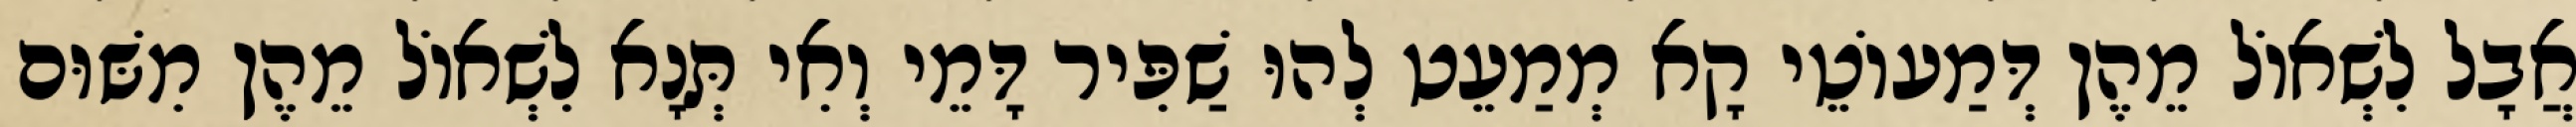
אֲבָל לִשְׁאוֹל מֵהֶן דְּמַעוֹטֵי קָא מְמַעֵט לְהוּ שַׁפִּיר דָּמֵי וְאִי תְּנָא לִשְׁאוֹל מֵהֶן מִשּׁוּם